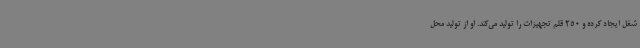
شغل ایجاد کرده و 250 قلم تجهیزات را تولید می‌کند. او از تولید محل